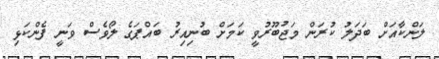
ލަންކާއަށް ބަދަލު ކުރަން މަޖުބޫރުވީ ކަމަށް ބުނިއިރު ބައްޕަގެ ލޯވެސް ވަނީ ފެންކަޅި